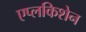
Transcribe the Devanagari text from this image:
एप्लकिशेन